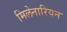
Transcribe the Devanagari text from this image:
मिलेनारियन